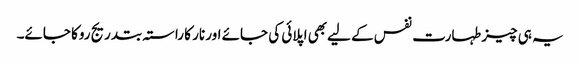
یہ ہی چیز طہارت نفس کے لیےبھی اپلائی کی جائے اور نار کا راستہ بتدریج روکا جائے۔